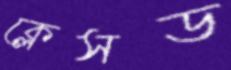
ক্লেসড